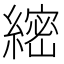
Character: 䌏